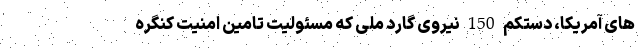
های آمریکا، دستکم 150 نیروی گارد ملی که مسئولیت تامین امنیت کنگره